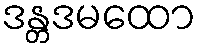
ဒန္တဒမထော